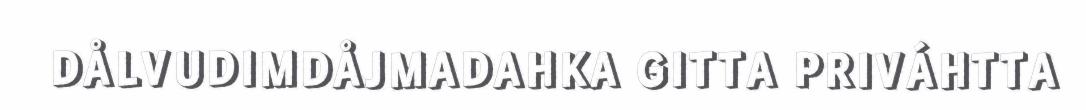
DÅLVUDIMDÅJMADAHKA GITTA PRIVÁHTTA